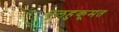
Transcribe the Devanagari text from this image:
एलहुकूमत